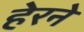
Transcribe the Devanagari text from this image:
हेरने